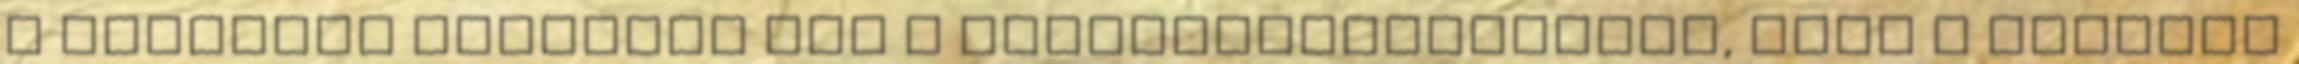
a részeket olvastuk itt a törvényjavaslatban, hogy a jövőben